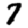
Digit: 7